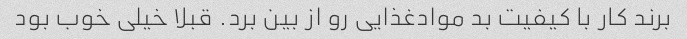
برند کار با کیفیت بد موادغذایی رو از بین برد. قبلا خیلی خوب بود